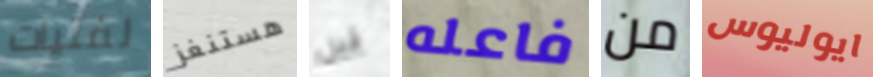
لفتيات هستنغز قبل فاعله من ايوليوس